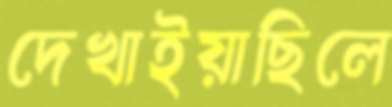
দেখাইয়াছিলে